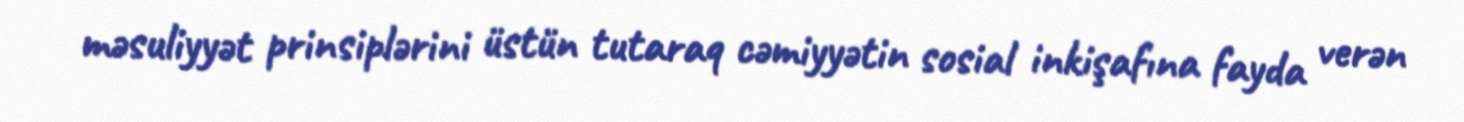
məsuliyyət prinsiplərini üstün tutaraq cəmiyyətin sosial inkişafına fayda verən